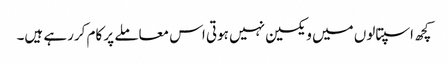
کچھ اسپتالوں میں ویکسین نہیں ہوتی اس معاملے پر کام کررہے ہیں۔